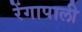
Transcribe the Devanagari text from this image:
रेंगापाली